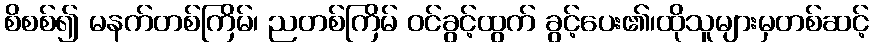
စိစစ်၍ မနက်တစ်ကြိမ်၊ ညတစ်ကြိမ် ဝင်ခွင့်ထွက် ခွင့်ပေး၏၊ထိုသူများမှတစ်ဆင့်